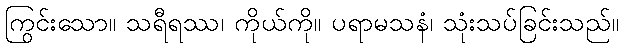
ကြွင်းသော။ သရီရဿ၊ ကိုယ်ကို။ ပရာမသနံ၊ သုံးသပ်ခြင်းသည်။